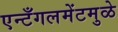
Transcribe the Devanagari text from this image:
एन्टँगलमेंटमुळे